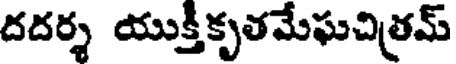
దదర్శ యుక్తికృతమేఘచిత్రమ్